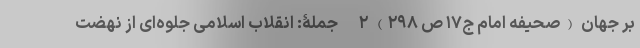
بر جهان (صحیفه امام ج۱۷ ص ۲۹۸) ۲- جملۀ: انقلاب اسلامی جلوه‌ای از نهضت